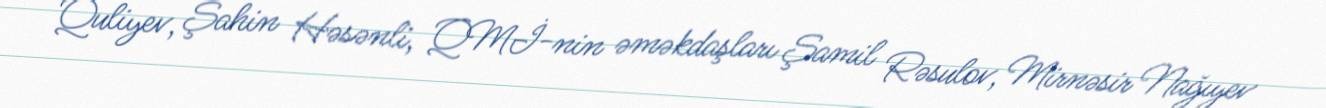
Quliyev, Şahin Həsənli, QMİ-nin əməkdaşları Şamil Rəsulov, Mirnəsir Nağıyev